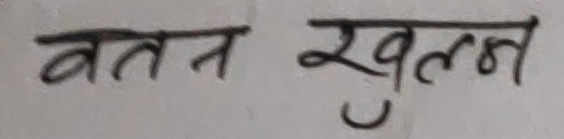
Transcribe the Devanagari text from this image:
वतन खुल्लन